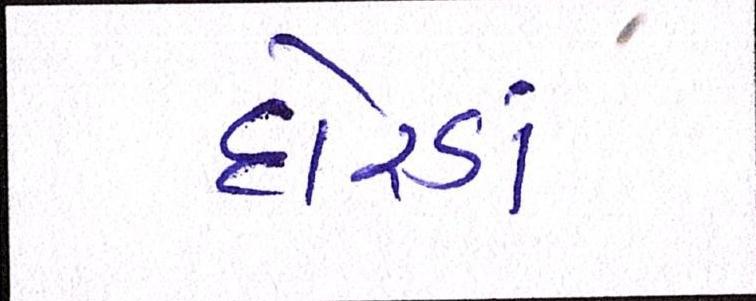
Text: દોરડાં